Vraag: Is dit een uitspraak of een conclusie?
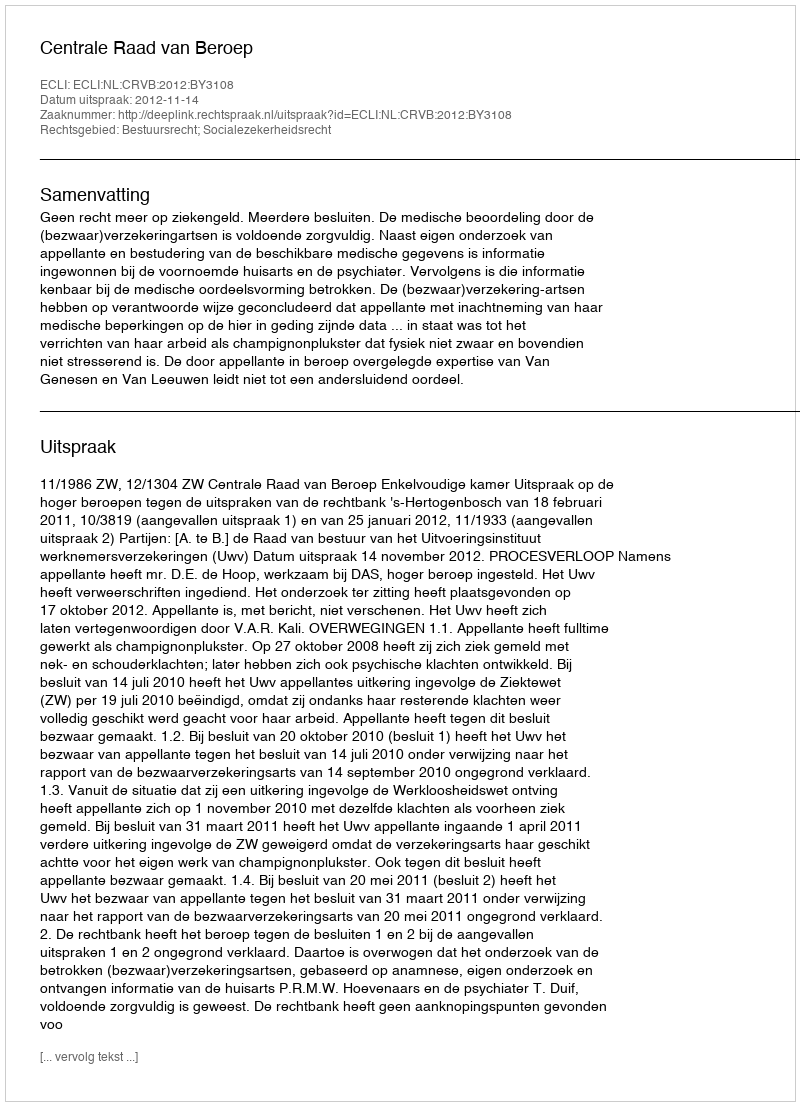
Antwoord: Uitspraak